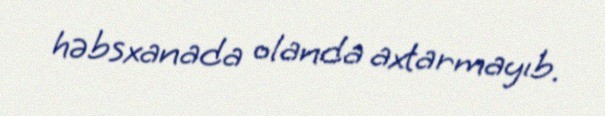
həbsxanada olanda axtarmayıb.